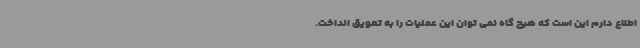
اطلاع دارم این است که هیچ گاه نمی توان این عملیات را به تعویق انداخت.